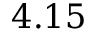
4 . 1 5